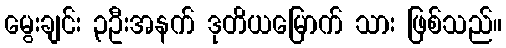
မွေးချင်း ၃ဦးအနက် ဒုတိယမြောက် သား ဖြစ်သည်။